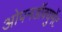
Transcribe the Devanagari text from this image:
ओपनडॉक्युमेंट